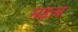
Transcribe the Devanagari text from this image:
मइल